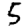
Digit: 5